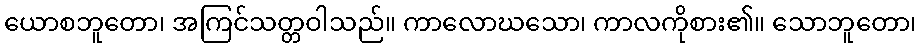
ယောစဘူတော၊ အကြင်သတ္တဝါသည်။ ကာလောဃသော၊ ကာလကိုစား၏။ သောဘူတော၊